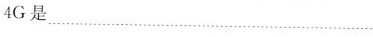
4G是___